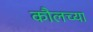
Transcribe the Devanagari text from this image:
कौलच्या